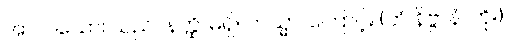
အာလယော၊ သည်။ နတ္ထိ၊ မရှိ။ တသ္မာ၊ ကြောင့်။ (တံ နိဗ္ဗာနံ၊ ကို။)